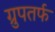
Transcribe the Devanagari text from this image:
ग्रुपतर्फ